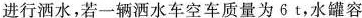
进行洒水，若一辆洒水车空车质量为6t，水罐容